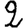
Digit: 2